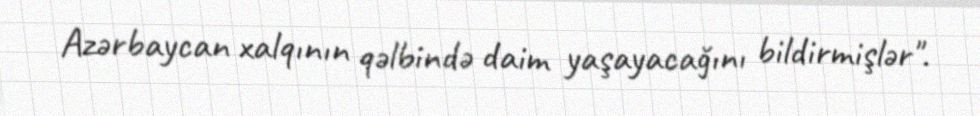
Azərbaycan xalqının qəlbində daim yaşayacağını bildirmişlər".